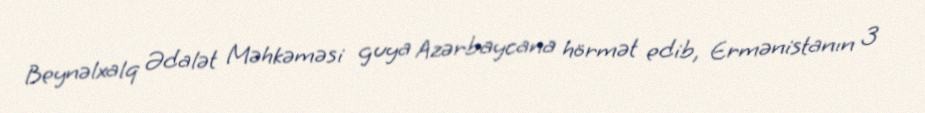
Beynəlxalq Ədalət Məhkəməsi guya Azərbaycana hörmət edib, Ermənistanın 3